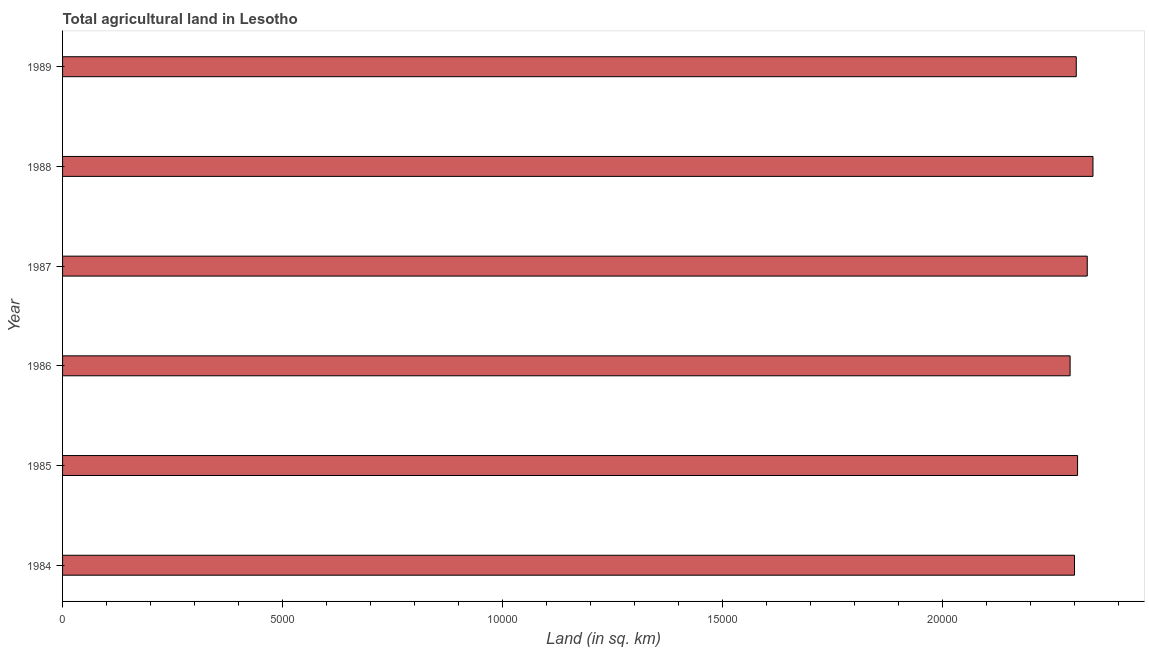
| Year | Agricultural land (sq. km) |
 | --- | --- |
 | 1984 | 2.3e+04 |
 | 1985 | 2.31e+04 |
 | 1986 | 2.29e+04 |
 | 1987 | 2.33e+04 |
 | 1988 | 2.34e+04 |
 | 1989 | 2.30e+04 |